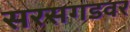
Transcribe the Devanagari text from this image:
सरसगडवर